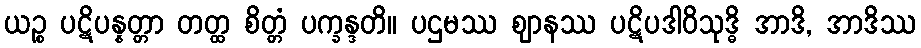
ယဉ္စ ပဋိပန္နတ္တာ တတ္ထ စိတ္တံ ပက္ခန္ဒတိ။ ပဌမဿ ဈာနဿ ပဋိပဒါဝိသုဒ္ဓိ အာဒိ, အာဒိဿ